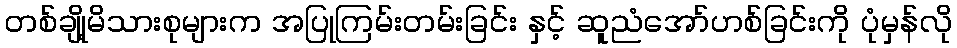
တစ်ချို့မိသားစုများက အပြုကြမ်းတမ်းခြင်း နှင့် ဆူညံအော်ဟစ်ခြင်းကို ပုံမှန်လို